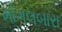
મોગલબારા